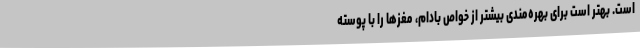
است. بهتر است برای بهره‌مندی بیشتر از خواص بادام، مغزها را با پوسته